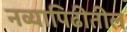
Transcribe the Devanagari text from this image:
नव्यापिढीतील